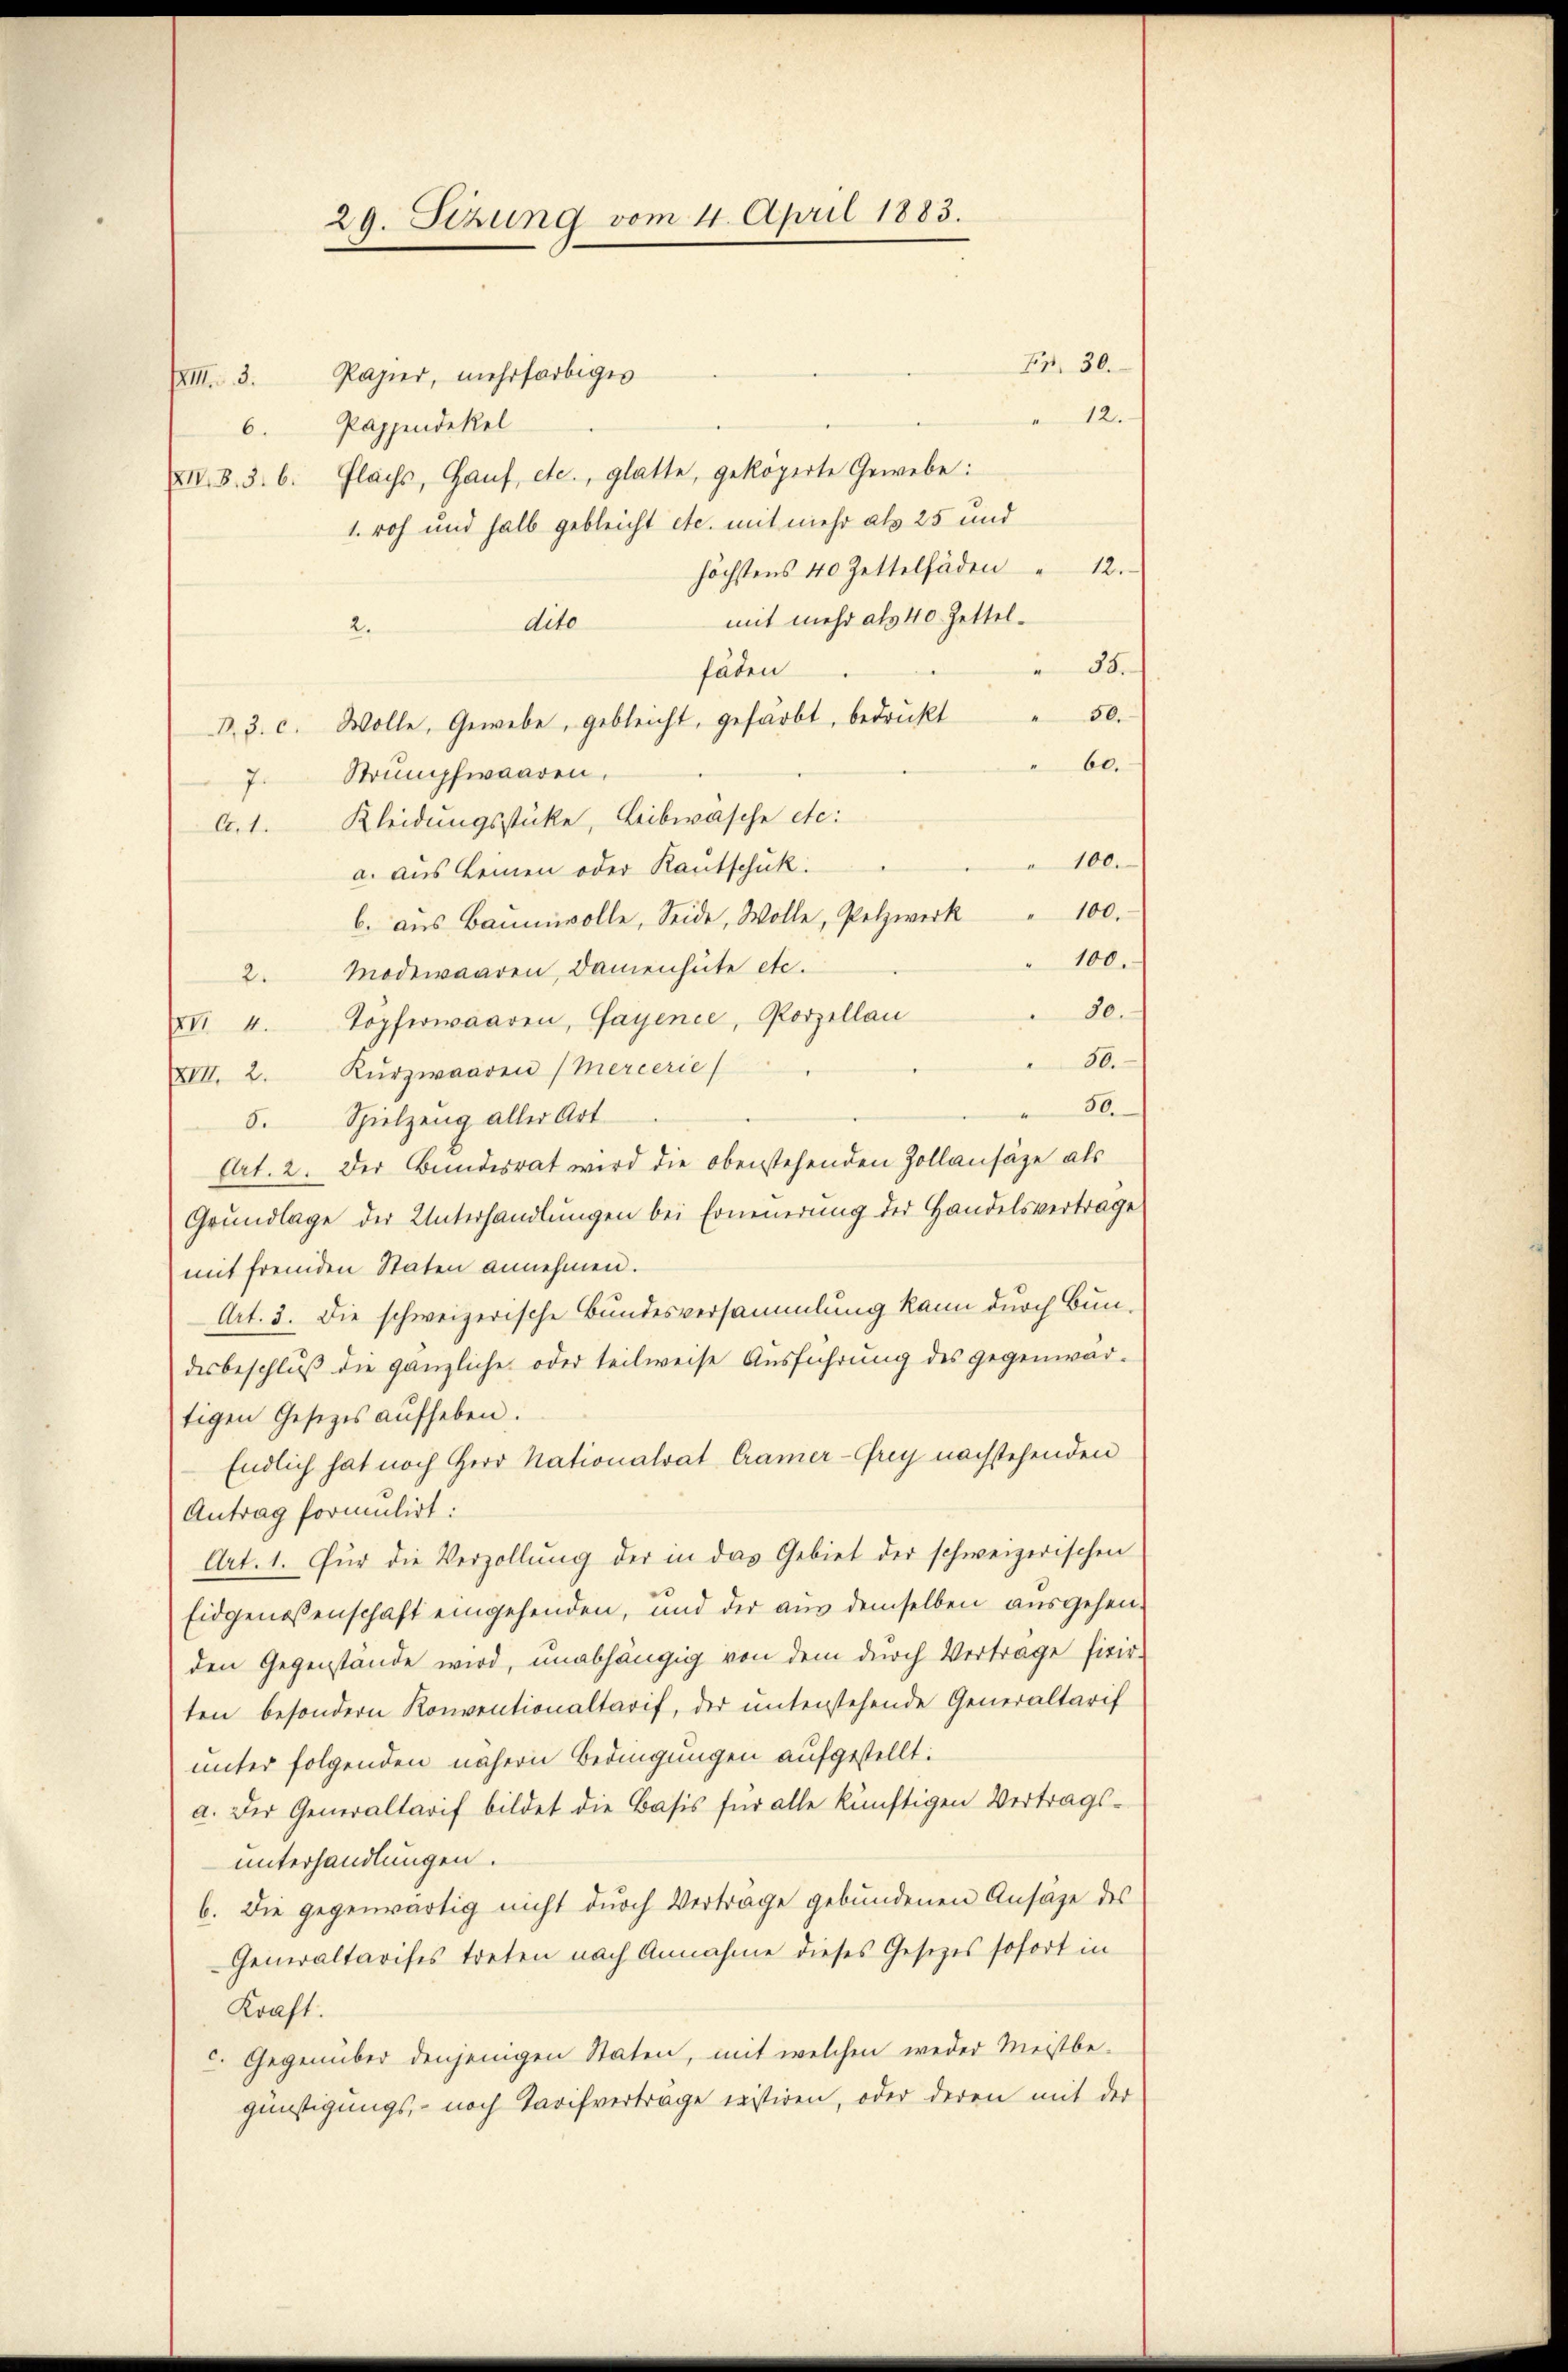
29. Sizung vom 11. April 1883.

XIII. 3. Papier, mehrfarbiges
6. Pappendekel
XII. B. 3. b. Flachs, Gauf, etc., glatte, gekoperte Gewebe:
1. roh und halb gebleicht etc. mit mehr als 25 und
höchstens 40 Zettelfäden " 12.
mit mehr als 40 Zetteldito
2.
38.
fäden
D.3. c. Wolle. Gewebe, gebleicht, gefärbt, bedrückt " 50.
60.
7. Strumpfwaaren.
A. 1. Kleidungsstücke, Leibwäsche etc.
100.
a. aus keinen oder Kautschuk.
b. aŭs Baŭmvolle, Seide, Wolle, Pelzwerk " 100.
100.
2. Modewaaren, Damenhüte etc.
20.
XVI 4. Topferwaaren, Gayence, Porzellan
50.
XIII. 2. Kŭrzwaaren (Mercerie
80.
5. Spielzeng aller Art
Art. 2. Der Bundesrat wird die oberstehenden Zollansäze als
Grŭndlage der Unterhandlŭngen bei Erneuerung der Handelsvertrage
mit fremden Staten annehmen.
Art. 3. Die schweizerische Bundesversammlung kann durch Bundesbeschluß die gänzliche oder teilweise Ausführung des gegenwär-
tigen Gesezes aŭfheben.
Endlich hat noch Herr Nationalrat Cramer-Grey nachstehenden
Antrag formulirt.
Art. 1. Für die Verzollŭng der in das Gebiet der schweizerischen
Eidgenossenschaft eingehenden, und der aus demselben ausgehenden Gegenstände wird, unabhängig von dem durch Vertrage fixir
ten besondern Konventionaltarif, der unterstehende Generaltarif
unter folgenden nähern Bedingungen aufgestellt:
a. Der Generaltarif bildet die Basis für alle künftigen Vertrags-
unterhandlungen.
6. Die gegenwärtig nicht durch Vertrage gebundenen Ansätze des
Generaltarises treten nach Annahme dieses Gesetzes sofort in
Kraft.
c. Gegenüber denjenigen Staten, mit welchen weder Meistbe-
günstigungs- noch Tarifvertrage existiren, oder deren mit der

Fr. 30.
12.